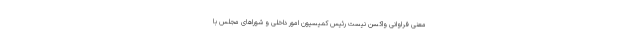
معنی فراوانی واکسن نیست رئیس کمیسیون امور داخلی و شوراهای مجلس با